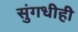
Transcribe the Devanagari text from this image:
सुंगधीही